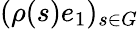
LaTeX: (\rho(s)e_{1})_{s\in G}